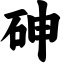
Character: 砷